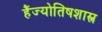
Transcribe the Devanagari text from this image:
हैंज्योतिषशास्त्र